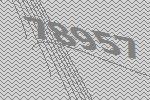
78957